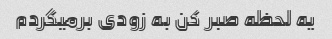
یه لحظه صبر کن به زودی برمیگردم